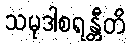
သမုဒါစရန္တီတိ